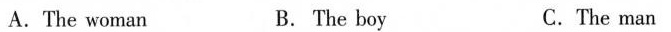
A.The woman B.The boy C.The man